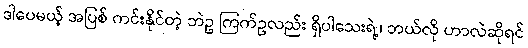
ဒါပေမယ့် အပြစ် ကင်းနိုင်တဲ့ ဘဲဥ ကြက်ဥလည်း ရှိပါသေးရဲ့၊ ဘယ်လို ဟာလဲဆိုရင်